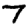
Digit: 7